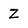
Character: Z